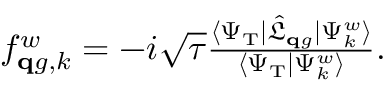
\begin{array} { r } { f _ { \mathbf q g , k } ^ { w } = - i \sqrt { \tau } \frac { \langle \Psi _ { \mathrm { T } } | \hat { \mathfrak L } _ { \mathbf q g } | \Psi _ { k } ^ { w } \rangle } { \langle \Psi _ { \mathrm { T } } | \Psi _ { k } ^ { w } \rangle } . } \end{array}